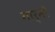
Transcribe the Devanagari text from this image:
गार्नी